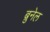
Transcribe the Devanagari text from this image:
ब्रुनेल